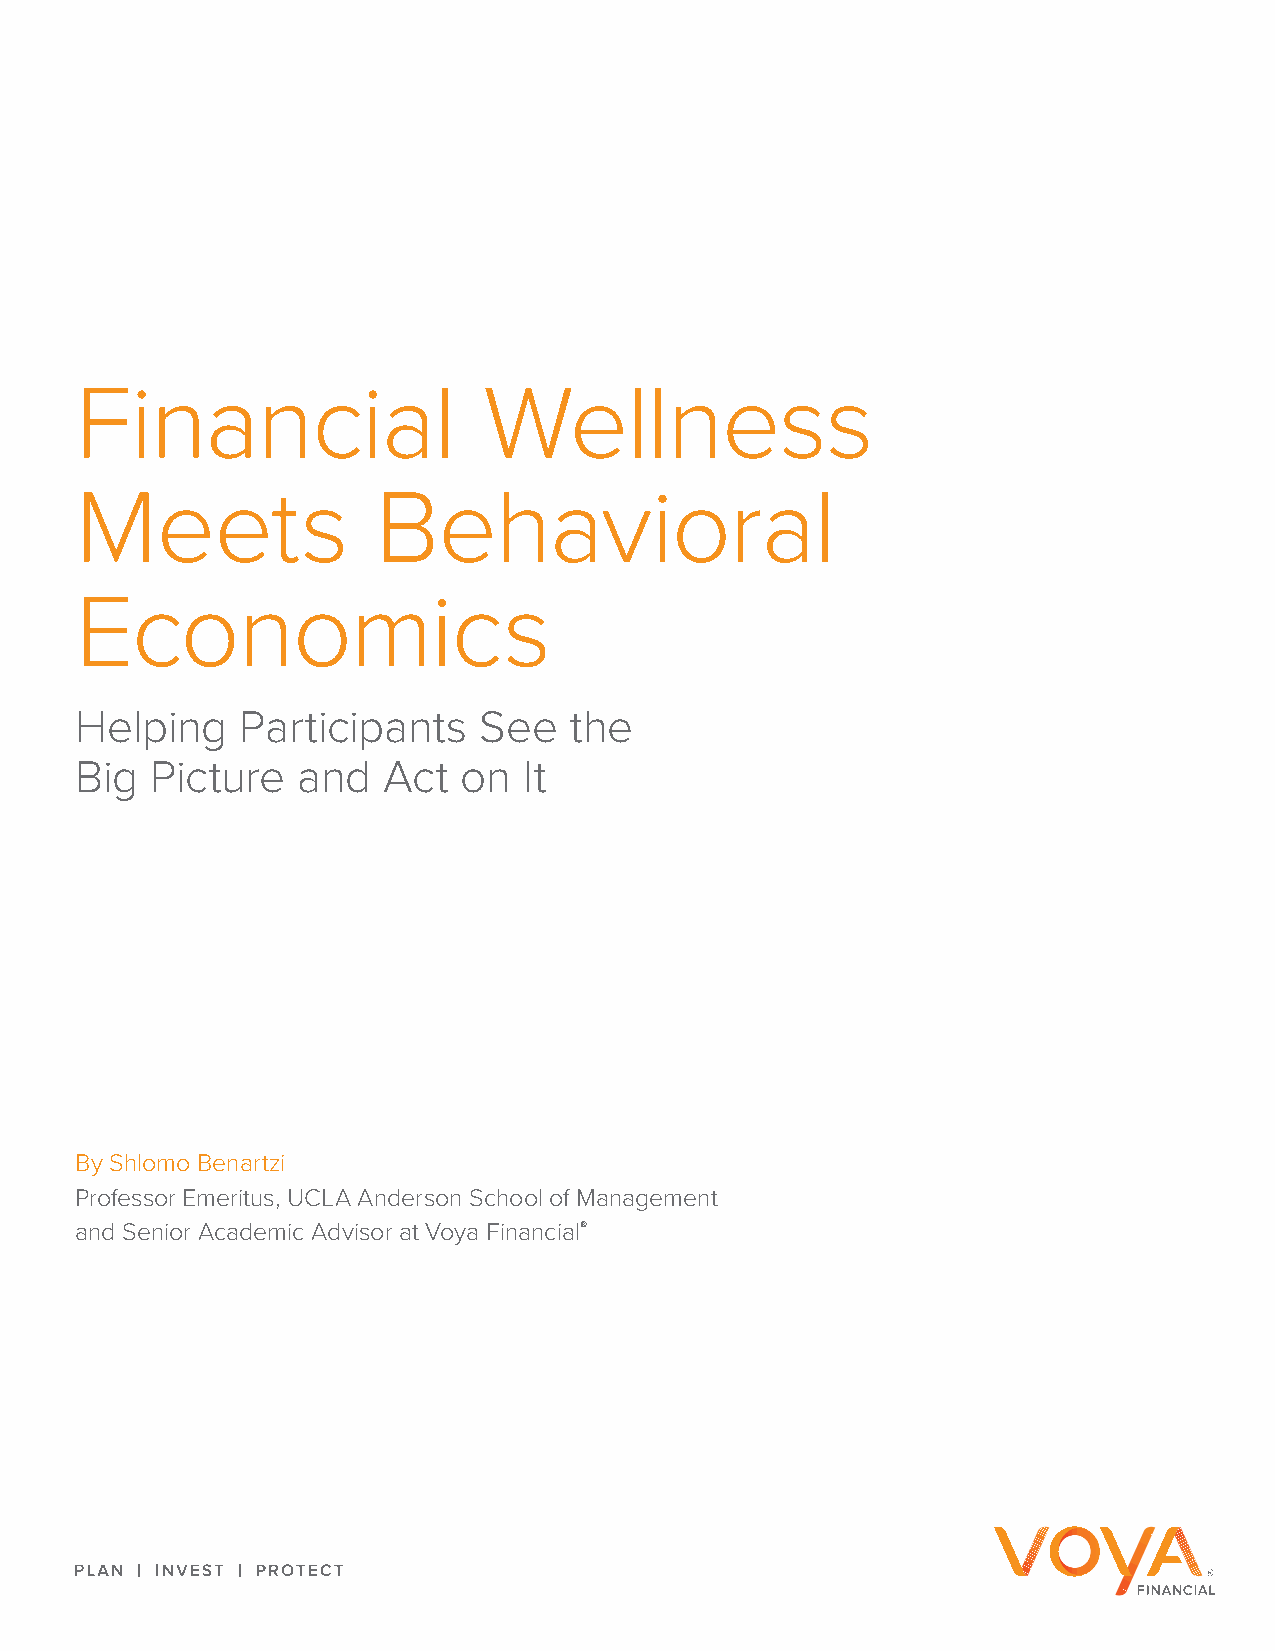
Financial                  Wellness
 Meets               Behavioral
 Economics
 Helping    Participants    See   the
 Big  Picture   and  Act   on  It
 By Shlomo Benartzi
 Professor Emeritus, UCLA Anderson School of Management
 and Senior Academic Advisor at Voya Financial®